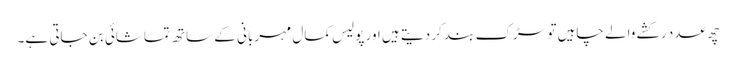
چھ عدد رکشے والے چاہیں تو سڑک بند کر دیتے ہیں اور پولیس کمال مہربانی کے ساتھ تماشائی بن جاتی ہے۔